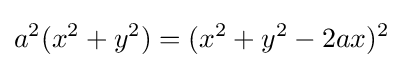
a^{2}(x^{2}+y^{2})=(x^{2}+y^{2}-2ax)^{2}